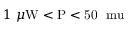
1 ~ \mu \mathrm { { W } < P < 5 0 ~ \ m u }